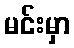
မင်းမှာ